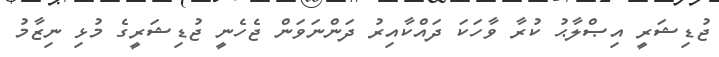
ޖުޑިޝަރީ އިޞްލާޙު ކުރާ ވާހަކަ ދައްކާއިރު ދަންނަވަން ޖެހެނީ ޖުޑިޝަރީގެ މުޅި ނިޒާމު